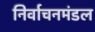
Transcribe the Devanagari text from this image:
निर्वाचनमंडल